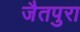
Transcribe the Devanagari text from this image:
जैतपुरा